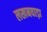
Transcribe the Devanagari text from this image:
लखनवाड़ा